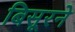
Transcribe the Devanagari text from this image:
बिसूरने